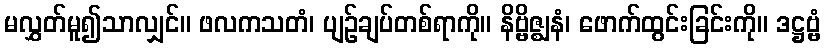
မလွှတ်မူ၍သာလျှင်။ ဖလကသတံ၊ ပျဉ်ချပ်တစ်ရာကို။ နိဗ္ဗိဇ္ဈနံ၊ ဖောက်ထွင်းခြင်းကို။ ဒဋ္ဌဗ္ဗံ